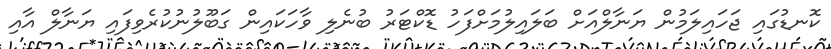
ކޮނޑުގައި ޖަހައިލަމުން ޔަނާލްއަށް ބަލައިލުމަށްފަހު ޑޮކްޓަރު ބުނެލި ވާހަކައިން ގަބޫލުނުކުރެވިފައި ޔަނާލް އާއި